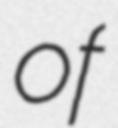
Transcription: of